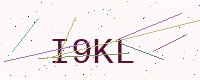
Text: I9KL